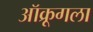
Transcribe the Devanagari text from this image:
ऑक्रूगला